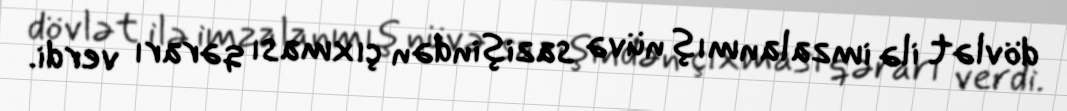
dövlət ilə imzalanmış nüvə sazişindən çıxması qərarı verdi.